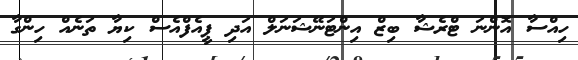
ހިއްސާ އޮންނަ ޓްރެޝާ ބިޒް އިންޓަނޭޝަނަލް އަދި ޕީއެފްއެސް ކިޔާ ތަނެއް ހިންގާ